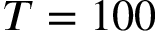
T = 1 0 0